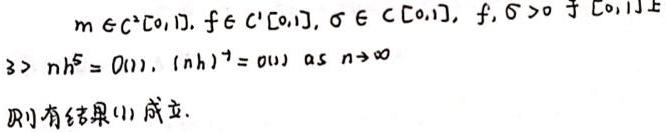
\[
\begin{align*}
&m\in C^{2}[0,1], f\in C^{1}[0,1], \sigma\in C[0,1], f,\sigma>0 \text{ 于 } [0,1]上\\
&\exists > nh^{5}=O(1), (\ln h)^{-1}=o(1) \text{  as } n\rightarrow\infty
\end{align*}
\]
则有结果(1)成立.